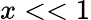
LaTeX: x<<1